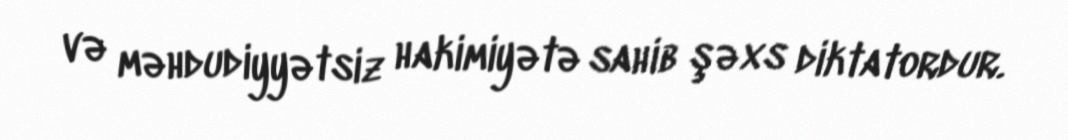
və məhdudiyyətsiz hakimiyətə sahib şəxs diktatordur.